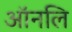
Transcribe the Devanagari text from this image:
ऑनलि